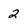
Character: 2